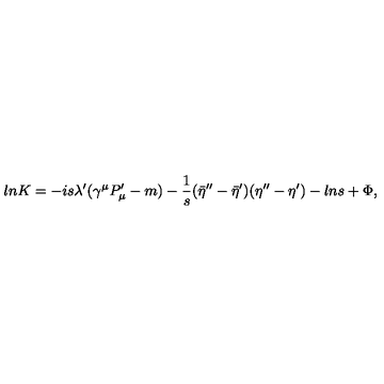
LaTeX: l n K = - i s \lambda ^ { \prime } ( \gamma ^ { \mu } P _ { \mu } ^ { \prime } - m ) - { \frac { 1 } { s } } ( { \bar { \eta } } ^ { \prime \prime } - { \bar { \eta } } ^ { \prime } ) ( \eta ^ { \prime \prime } - \eta ^ { \prime } ) - l n s + \Phi ,